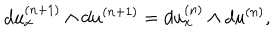
LaTeX: d u _ { x } ^ { ( n + 1 ) } \wedge d u ^ { ( n + 1 ) } = d u _ { x } ^ { ( n ) } \wedge d u ^ { ( n ) } ,